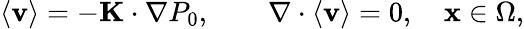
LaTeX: \begin{array}{r}{\langle\mathbf v\rangle=-\mathbf{K}\cdot\nabla P_{0},\qquad\nabla\cdot\langle\mathbf v\rangle=0,\quad\mathbf x\in\Omega,}\end{array}